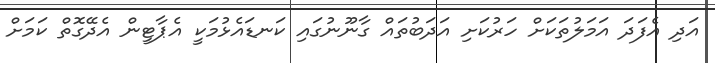
އަދި އެފަދަ އަމަލުތަކަށް ހަރުކަށި އަދަބުތައް ގާނޫނުގައި ކަނޑައެޅުމަކީ އެޕާޓީން އެދޭގޮތް ކަމަށް